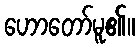
ဟောတော်မူ၏။